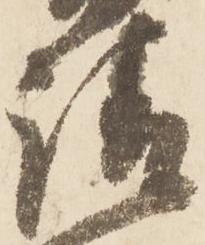
請